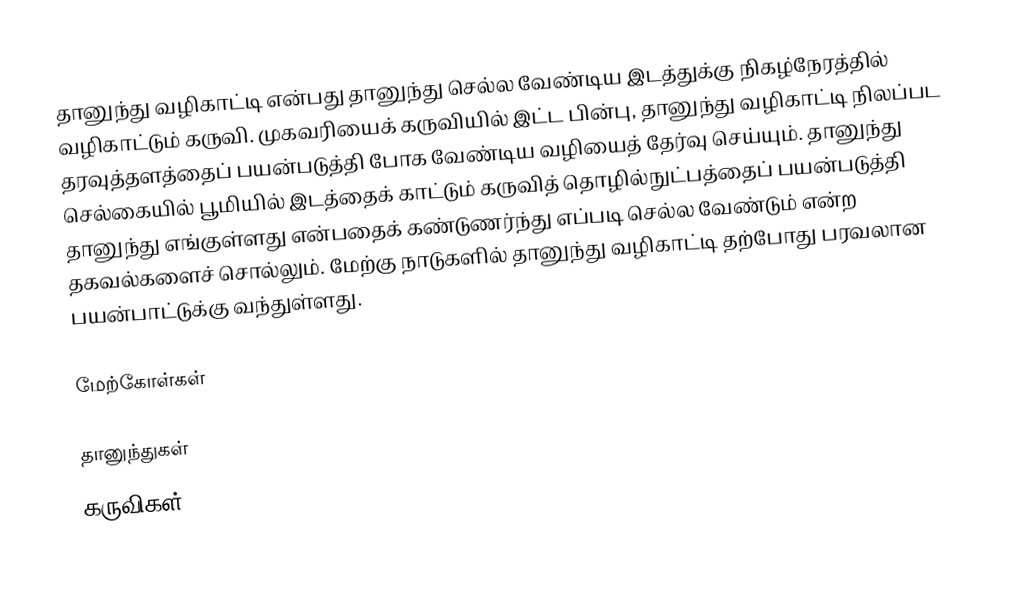
தானுந்து வழிகாட்டி என்பது தானுந்து செல்ல வேண்டிய இடத்துக்கு நிகழ்நேரத்தில் வழிகாட்டும் கருவி. முகவரியைக் கருவியில் இட்ட பின்பு, தானுந்து வழிகாட்டி நிலப்பட தரவுத்தளத்தைப் பயன்படுத்தி போக வேண்டிய வழியைத் தேர்வு செய்யும். தானுந்து செல்கையில் பூமியில் இடத்தைக் காட்டும் கருவித் தொழில்நுட்பத்தைப் பயன்படுத்தி தானுந்து எங்குள்ளது என்பதைக் கண்டுணர்ந்து எப்படி செல்ல வேண்டும் என்ற தகவல்களைச் சொல்லும். மேற்கு நாடுகளில் தானுந்து வழிகாட்டி தற்போது பரவலான பயன்பாட்டுக்கு வந்துள்ளது.

மேற்கோள்கள்

தானுந்துகள்
கருவிகள்